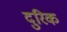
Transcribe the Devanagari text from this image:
दुरिक